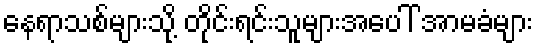
နေရာသစ်များသို့ တိုင်းရင်းသူများအပေါ် အာမခံများ